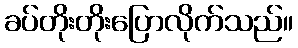
ခပ်တိုးတိုးပြောလိုက်သည်။